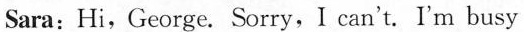
Sara:Hi,George. Sorry, I can't. I'm busy